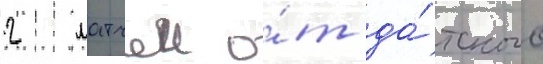
2 матчеи о́т да́тского